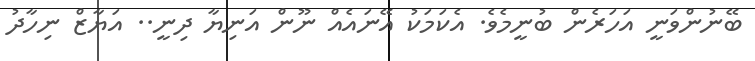
ބޭނުންވަނީ އަހަރެން ބުނީމެވެ. އެކަމަކު އޭނައެއް ނޫން އަނިޔާ ދިނީ.. އަޔާޒް ނިހާދު